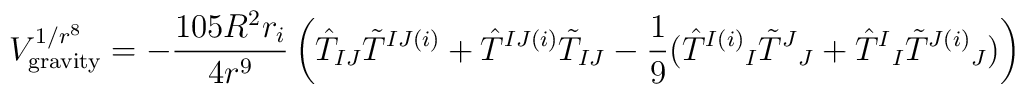
V^{1/r^8}_{\rm gravity} = - {105 R^2 r_i\over 4 r^9} \left(\hat{T}_{IJ} \tilde{T}^{IJ(i)}+\hat{T}^{IJ(i)} \tilde{T}_{IJ} - {1 \over 9} (\hat{T}^{I(i)}{}_I \tilde{T}^J{}_J +\hat{T}^I{}_I\tilde{T}^{J(i)}{}_J )\right) \\